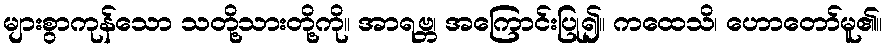
များစွာကုန်သော သတို့သားတို့ကို။ အာရဗ္ဘ၊ အကြောင်းပြု၍။ ကထေသိ၊ ဟောတော်မူ၏။